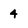
Character: 4